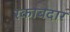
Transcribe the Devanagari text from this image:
रकाबदार